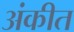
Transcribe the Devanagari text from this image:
अंकीत